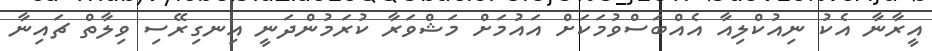
އީރާނާ އެކު ނިއުކްލިއާ އެއްބަސްވުމަކަށް އައުމަށް މަޝްވަރާ ކުރަމުންދަނީ އިނގިރޭސި ވިލާތް ޗައިނާ